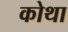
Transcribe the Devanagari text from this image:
कोथा